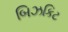
બિઝકિટ